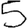
Digit: 5